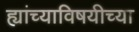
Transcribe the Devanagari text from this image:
ह्यांच्याविषयीच्या